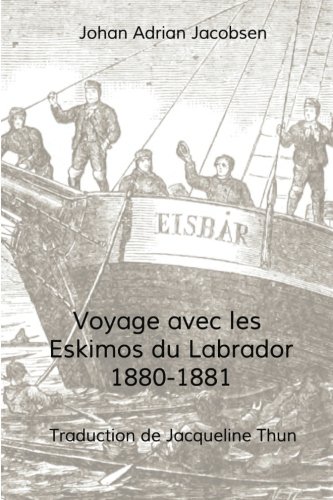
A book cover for Voyage avec les Eskimos du Labrador, 1880-1881 (French Edition); Jacobsen Johan Adrian; Biographies & Memoirs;